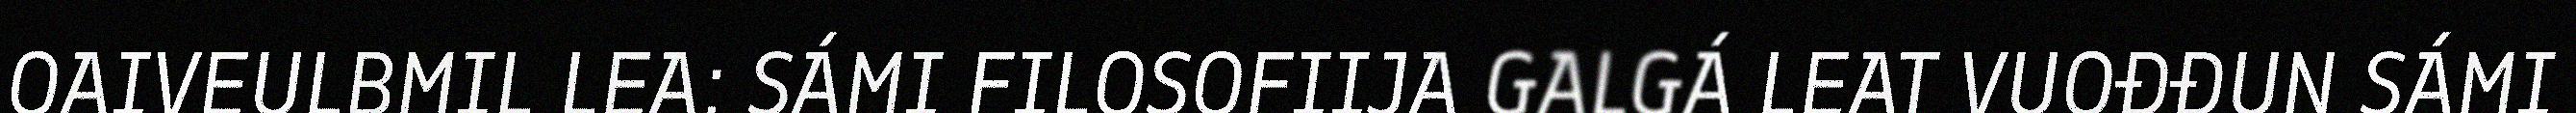
OAIVEULBMIL LEA: SÁMI FILOSOFIIJA GALGÁ LEAT VUOĐĐUN SÁMI